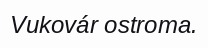
Vukovár ostroma.